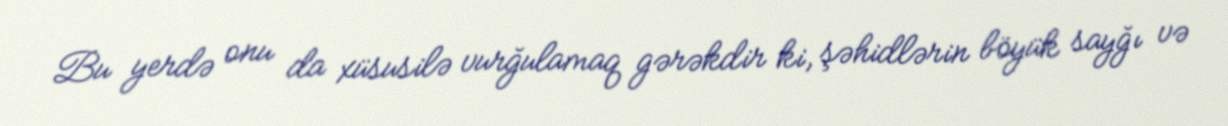
Bu yerdə onu da xüsusilə vurğulamaq gərəkdir ki, şəhidlərin böyük sayğı və